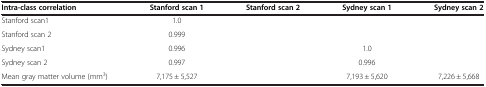
<table><thead><tr><td><b>Intra-class correlation</b></td><td><b>Stanford scan 1</b></td><td><b>Stanford scan 2</b></td><td><b>Sydney scan 1</b></td><td><b>Sydney scan 2</b></td></tr></thead><tbody><tr><td>Stanford scan1</td><td>1.0</td><td>[EMPTY_CELL]</td><td>[EMPTY_CELL]</td><td>[EMPTY_CELL]</td></tr><tr><td>Stanford scan 2</td><td>0.999</td><td>[EMPTY_CELL]</td><td>[EMPTY_CELL]</td><td>[EMPTY_CELL]</td></tr><tr><td>Sydney scan1</td><td>0.996</td><td>[EMPTY_CELL]</td><td>1.0</td><td>[EMPTY_CELL]</td></tr><tr><td>Sydney scan 2</td><td>0.997</td><td>[EMPTY_CELL]</td><td>0.996</td><td>[EMPTY_CELL]</td></tr><tr><td>Mean gray matter volume (mm<sup>3</sup>)</td><td>7,175 ± 5,527</td><td>[EMPTY_CELL]</td><td>7,193 ± 5,620</td><td>7,226 ± 5,668</td></tr></tbody></table>